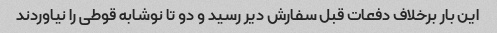
این بار برخلاف دفعات قبل سفارش دیر رسید و دو تا نوشابه قوطی را نیاوردند